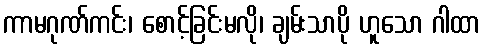
ကာမဂုဏ်ကင်း၊ စောင့်ခြင်းမလို၊ ချမ်းသာပို ဟူသော ဂါထာ